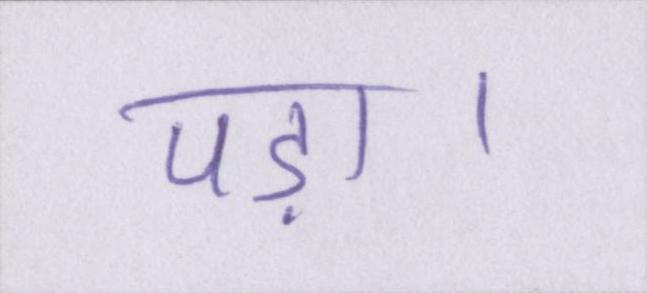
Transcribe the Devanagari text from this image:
पड़ा।